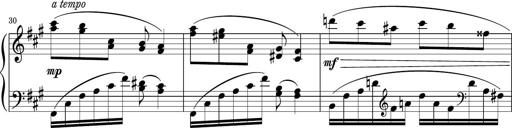
Title: Sonatina PandemÃ³nium
Composer: VÃ­ctor Carbajo
Key: C major